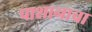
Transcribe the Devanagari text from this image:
पाशानाचा